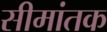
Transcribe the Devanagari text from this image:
सीमांतक